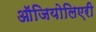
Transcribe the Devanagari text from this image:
ऑजियोलिएरी